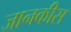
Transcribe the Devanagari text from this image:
जानकीस